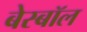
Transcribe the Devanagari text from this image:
बेस्बॉल